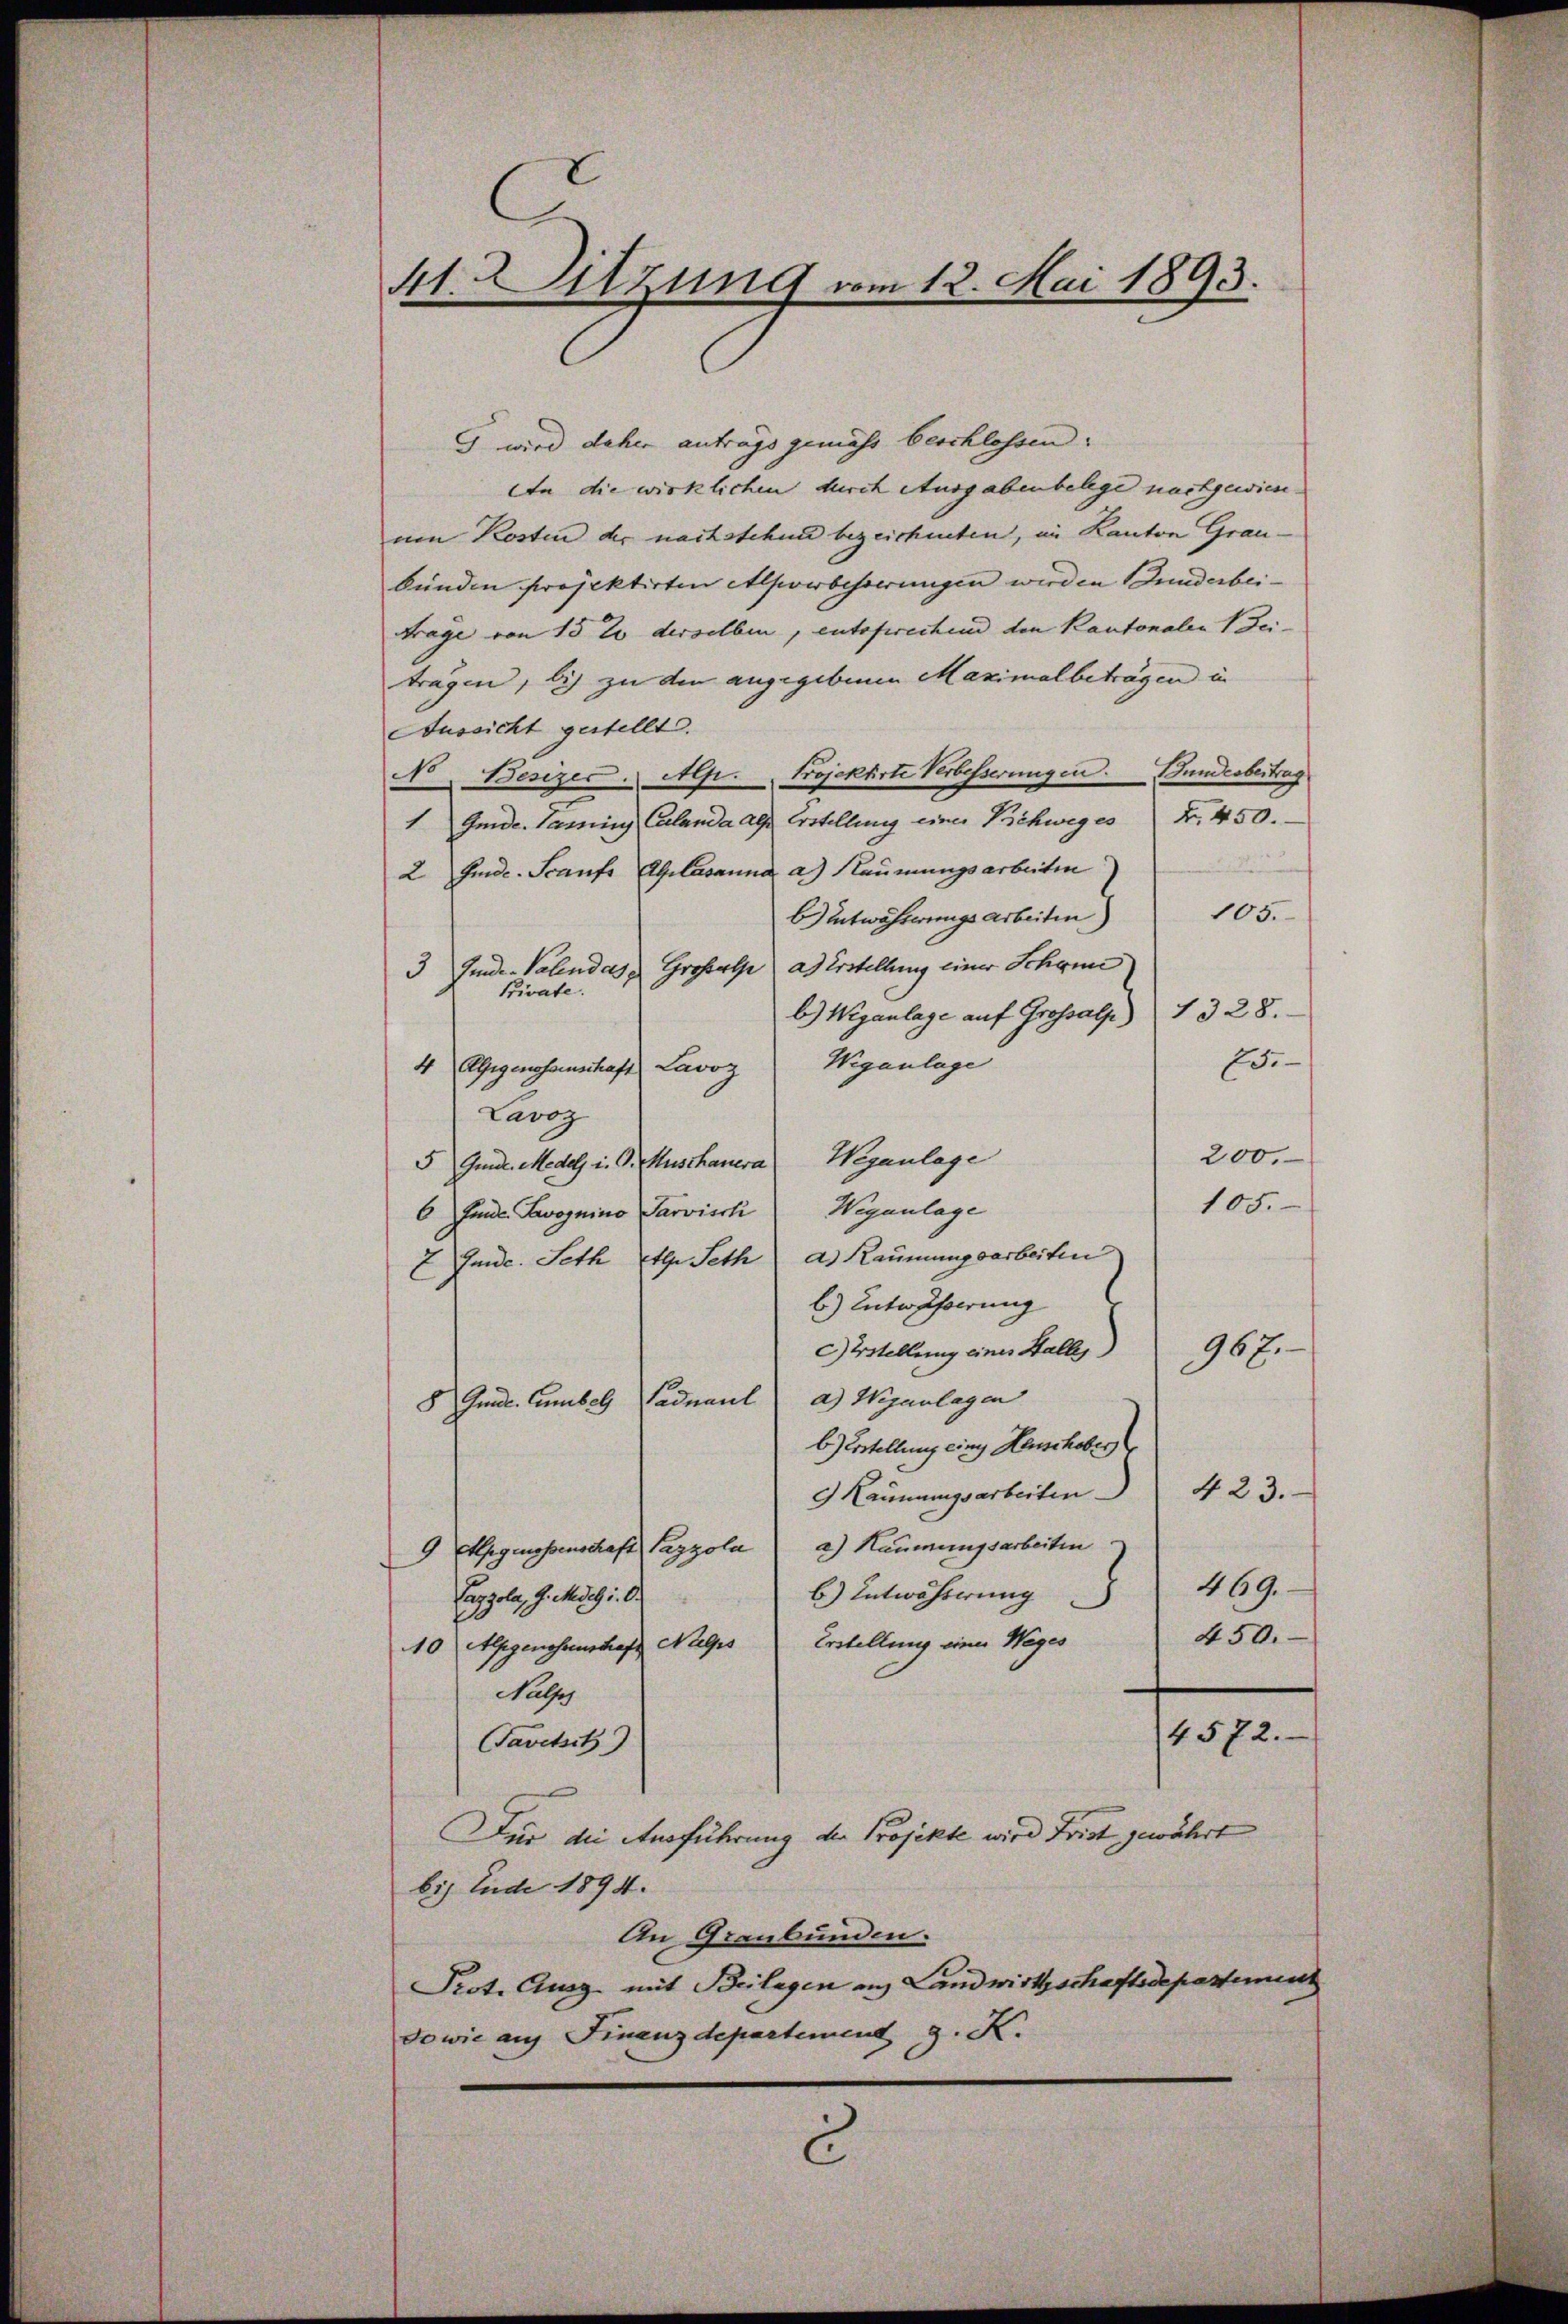
41. Sitzung vom 12. Mai 1893.

G wird daher antrags gemäss beschlossen.
In die wirklichen Kirch Ausgabenbelege nachgewiese
um Kosten der nachstehend bezeichneten, im Kanton Graubünden Projektirten Alpverbesserungen werden Bunderbei¬
Frage von 15 t derselben, entofrechend den Kantonalen Bei-
tragen, bis zu den angegebenen Maximalbeträgen in
Aussicht gestellt.
No. Besizes . Mp. Projektirte Verbesserungen. Bundesbertrag
1 Gmde. Kamins Calanda als Erstellung einer Bichweges Fr. 450.
2 finde. Scaufs Ablasanna a.) Neumungsarbeiten
105.
b.) Entwässerungsarbeiten)
Gmde-Valendas Grossalp ad erstellung einer Schöne
3
Private.
b) Wiganlage auf Grossalp 1328.
25.
Wiganlage
4 Agigenossenschaft Lavoz
Lavoz
200.
5 Gmde. Medels in G. Muschauera Weganlage
105.
6 finde. Savoynino Parvisch Weganlage
7 Emde. Seth Etg. Seth d. Räumungsarbeiten
b.) Entwässerung
967.
cstellung eines Halles
8 Gnade Cumbel Saduaul a) Wegenlagen
b.) Erstellung eing Heischober
423.
9 Kannungsarbeiten.
9 Eggenossenschaft Pazzola a) Kämmerngsarbeiten
469.
b) Entwässerung
Tappola, G. Medig i. B.
450.
Erstellung einer Weges
10 Apgenossenschaft Nages
Nalzes
4572.
Favetsitz
Für die Ausführung der Projekte wird Frist gewährt
bis Ende 1894.
An Graubünden.
Prot. Aug mit Beilagen aus Landwirtschaftsdepartement
sowie auf Finanzdepartement z. K.
c